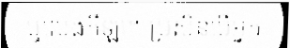
ឬលេងកីឡា។ ប្រសិនបើអ្នក